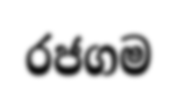
රජගම